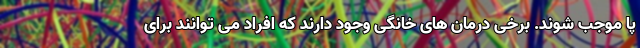
پا موجب شوند. برخی درمان های خانگی وجود دارند که افراد می توانند برای